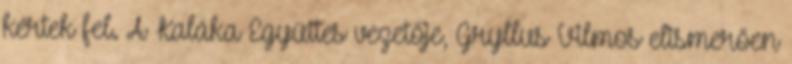
kértek fel. A Kaláka Együttes vezetője, Gryllus Vilmos elismerően